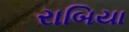
રાબિયા